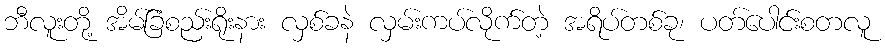
ဘီလူးတို့ အိမ်ခြံစည်းရိုးနား လှစ်ခနဲ လှမ်းကပ်လိုက်တဲ့ အရိပ်တစ်ခု၊ ပတ်ပေါင်းစတလူ